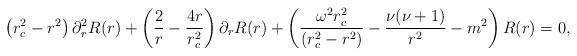
LaTeX: \begin{align*} \left(r_{c}^2 - r^2 \right) \partial_{r}^2 R(r) + \left(\frac{2}{r} - \frac{4r}{r_{c}^2} \right) \partial_{r} R(r) +\left(\frac{\omega^2 r_{c}^2}{(r_{c}^2 - r^2)} - \frac{\nu(\nu+1)}{r^2} - m^2\right) R(r) =0,\end{align*}